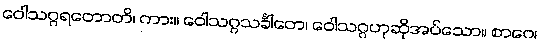
ဝေါသဂ္ဂရတောတိ၊ ကား။ ဝေါသဂ္ဂသင်္ခါတေ၊ ဝေါသဂ္ဂဟုဆိုအပ်သော။ စာဂေ၊